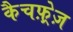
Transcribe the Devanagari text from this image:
कैचफ़्रेज़